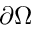
\partial \Omega